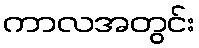
ကာလအတွင်း